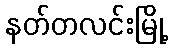
နတ်တလင်းမြို့